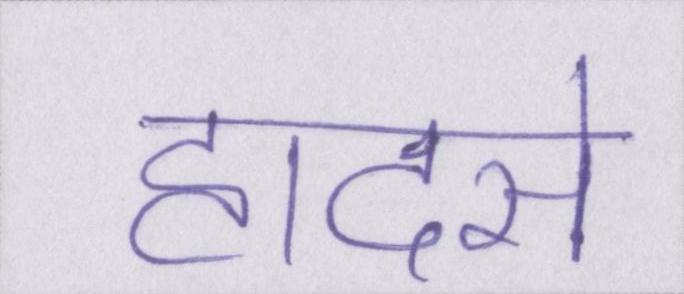
हादसे